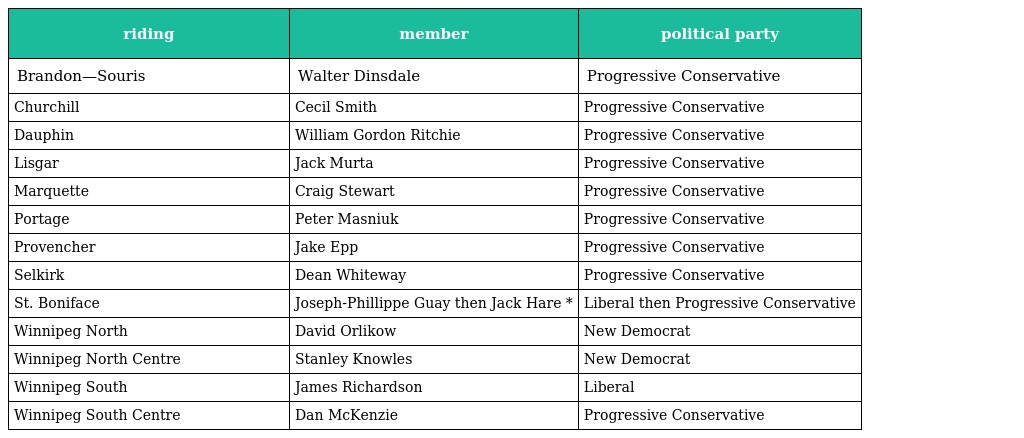
| riding | member | political party |
 | --- | --- | --- |
 | Brandon—Souris | Walter Dinsdale | Progressive Conservative |
 | Churchill | Cecil Smith | Progressive Conservative |
 | Dauphin | William Gordon Ritchie | Progressive Conservative |
 | Lisgar | Jack Murta | Progressive Conservative |
 | Marquette | Craig Stewart | Progressive Conservative |
 | Portage | Peter Masniuk | Progressive Conservative |
 | Provencher | Jake Epp | Progressive Conservative |
 | Selkirk | Dean Whiteway | Progressive Conservative |
 | St. Boniface | Joseph-Phillippe Guay then Jack Hare * | Liberal then Progressive Conservative |
 | Winnipeg North | David Orlikow | New Democrat |
 | Winnipeg North Centre | Stanley Knowles | New Democrat |
 | Winnipeg South | James Richardson | Liberal |
 | Winnipeg South Centre | Dan McKenzie | Progressive Conservative |